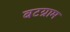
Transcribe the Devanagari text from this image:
बटग्राम